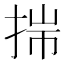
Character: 𢭍